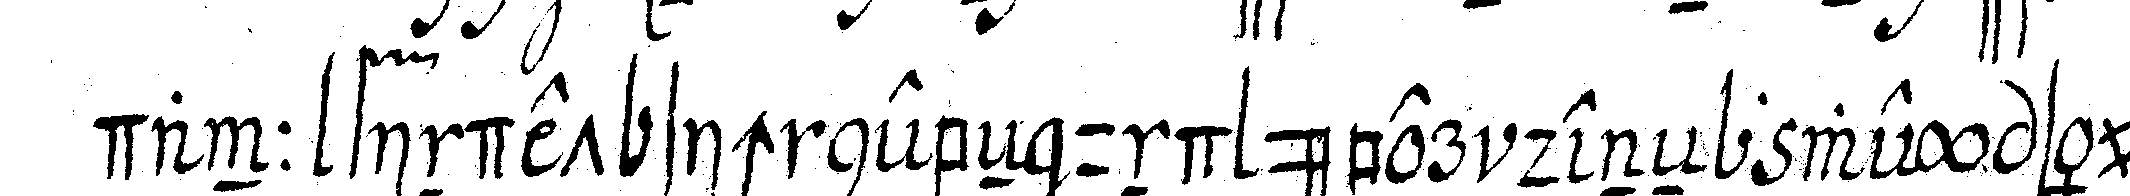
dann findet sich nebeN und über deneN zwey säuleN